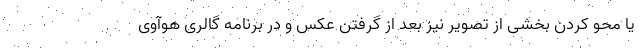
یا محو کردن بخشی از تصویر نیز بعد از گرفتن عکس و در برنامه گالری هوآوی